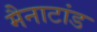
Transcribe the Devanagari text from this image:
मैनाटांड